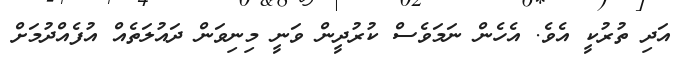
އަދި ތުރުކީ އެވެ. އެހެން ނަމަވެސް ކުރުދީން ވަނީ މިނިވަން ދައުލަތެއް އުފެއްދުމަށް